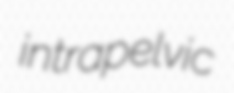
intrapelvic